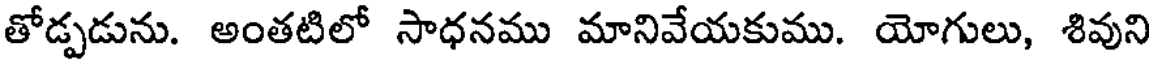
తోడ్పడును. అంతటిలో సాధనము మానివేయకుము. యోగులు, శివుని